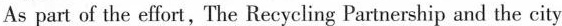
As part of the effort, The Recycling Partnership and the city